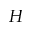
H